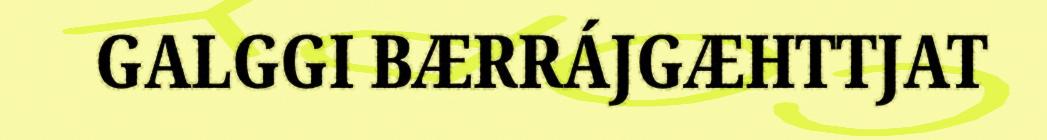
GALGGI BÆRRÁJGÆHTTJAT